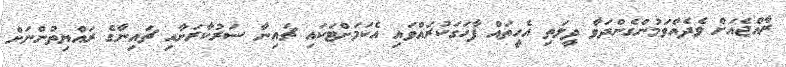
ރާއްޖެއަށް ވެދެއްވަމުންގެންދަވާ ދީލަތި އެހީތައް ފާހަގަކުރައްވައި އެކަމަށްޓަކައި ޗައިނާ ސަރުކާރަށާއި ޗައިނާގެ ރައްޔިތުންނަށް